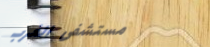
مستشفى الغرب